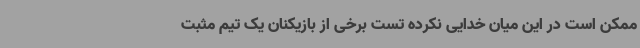
ممکن است در این میان خدایی نکرده تست برخی از بازیکنان یک تیم مثبت